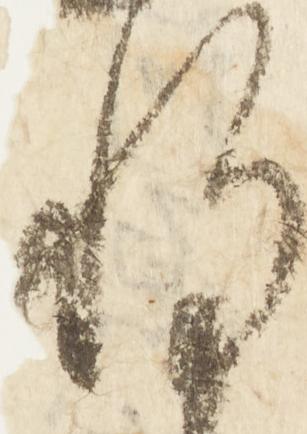
惶